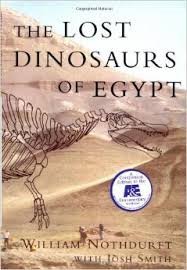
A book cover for The Lost Dinosaurs of Egypt, 2002, 242 pages with illustrations.; W. and Smith, J. Nothdurft; Science & Math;